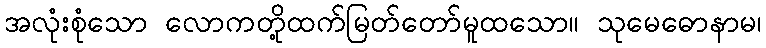
အလုံးစုံသော လောကတို့ထက်မြတ်တော်မူထသော။ သုမေဓောနာမ၊